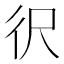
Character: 鿈